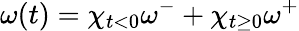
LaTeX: \omega(t)=\chi_{t<0}\omega^{-}+\chi_{t\geq 0}\omega^{+}